Annual statistical returns and brief notes on vaccination in Bengal - 1887-1898
Year: 1887
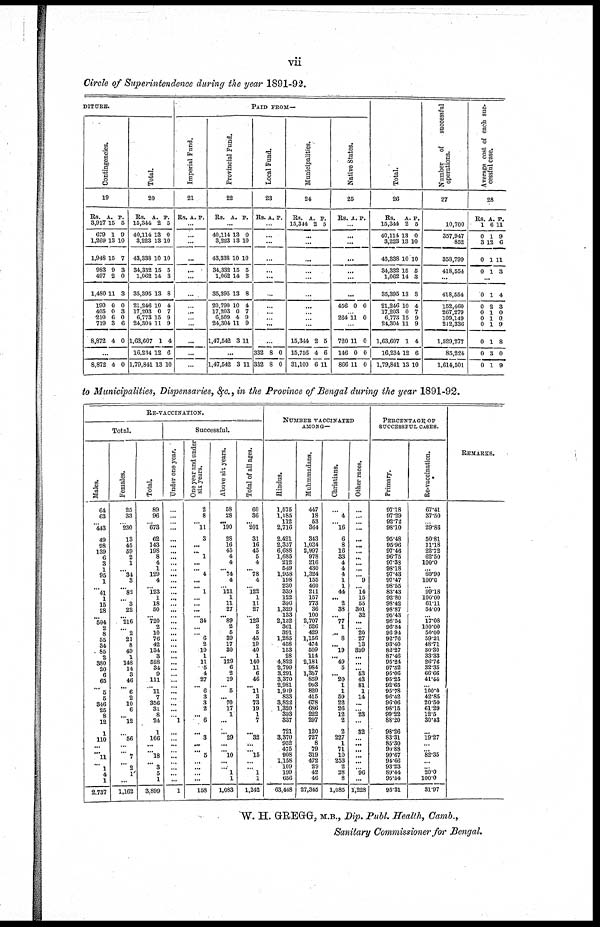
vii
Circle of Superintendence during the year 1891-92.
DITURE.
Contingencies.
19
Rs.
3,917
679
1,269
1,948
983
497
1,480
190
405
210
719
8,872
A.
15
1
13
15
9
2
11
0
0 6
3
4
P.
5
9
10
7
3
0
3
0
3
0
6
0
...
8,872 4 0
Total.
20
Rs.
15,344
40,114
3,223
43,338
34,332
1,062
35,395
21,246
17,203
6,773
24,304
1,63,607
16,234
1,79,841
A.
2
13
13
10
15
14
13
10
0
15
11
1
12
13
P.
5
0
10
10
5
3
8
4
7
9
9
4
6
10
PAID FROM—
Imperial Fund.
21
Rs. A. P.
...
...
...
...
...
...
...
...
...
...
...
...
...
...
Provincial Fund.
22
Rs. A. P.
...
40,114
3,223
43,338
34,332
1,062
35,395
20,790
17,203
6,509
24,304
1,47,542
13
13
10
15
14
13
10
0
4
11
3
0
10
10
5
3
8
4
7
9
9
11
...
1,47,542 3 11
Local Fund.
23
Rs. A. P.
...
...
...
...
...
...
...
...
...
...
...
...
332
332
8
8
0
0
Municipalities.
24
Rs.
15,344
A.
2
P.
5
...
...
...
...
...
...
...
...
...
...
15,344
15,756
31,100
2
4
6
5
6
11
Native States.
25
Rs. A. P.
...
...
...
...
...
...
...
456 0 0
...
264 11 0
...
720
146
866
11
0
11
0
0
0
Total.
26
Rs.
15,344
40,114
3,223
43,338
34,332
1,062
35,395
21,246
17,203
6,773
24,304
1,63,607
16,234
1,79,841
A.
2
13
13
10
15
14
13
10
0
15
11
1
12
13
P.
5
0
10
10
5
3
8
4
7
9
9
4
6
10
Number
of
successful
operations.
27
10,700
357,947
852
358,799
418,554
...
418,554
152,460
267,279
109,149
212,336
1,529,277
85,224
1,614,501
Average cost of each suc-
cessful case.
28
Rs.
1
0
3
0
0
A.
6
1
12
1
1
P.
11
9
6
11
3
...
0
0
0
0 0
0
0
0
1
2
1
1 1
1
3
1
4
3
0
0 9
8
0
9
to Municipalities, Dispensaries, &c., in the Province of Bengal during the year 1891-92.
RE-VACCINATION.
Total.
Males.
64
63
...
443
49
98
139
6
3
1
95
1
...
41
1
15
28
...
504
2
8
55
34
85
2
380
20
6
65
...
5
5
346
25
8
12
1
110
...
... 11
...
1 4
1
2,737
Females.
25
33
...
230
13
45
59
2
1
...
34
3
...
82
...
3
22
...
216
...
2
21
8
49
1
148
14
3
46
...
6
2
10
6
...
12
...
56
...
...
7
...
2
1
...
1,162
Total.
89
96
...
673
62
143
198
8
4
1
129
4
... 123
1
18
50
... 720
2
10
76
42
134
3
528
34
9
111
...
11
7
356
31
8
24
1
166
...
...
18
...
3
5
1
3,899
Successful.
Under one year.
...
...
...
...
...
...
...
...
...
...
...
...
...
...
...
...
...
...
...
...
...
...
...
... ...
...
...
...
...
...
...
...
...
...
...
1
...
...
...
...
...
...
...
...
...
1
One year and under
six years.
2
8
...
11
3
...
...
1
...
... 4
...
... 1
...
...
...
...
34
...
...
6
2
10
1
11
5
4
27
... 6
3
3
2
...
6
...
3
...
...
5
...
...
...
...
158
Above six years.
58
28
...
190
28
16
45
4
4
...
74
4
... 121
1
11
27
...
89
2
5
39
17
30
... 129
6
2
19
... 5
...
70
17
1
...
...
29
...
...
10
...
...
1
1
1,083
Total of all ages.
60
36
...
201
31
16
45
5
4
... 78
4
... 122
1
11
27
...
123
2
5
45
19
40
1
140
11
6
46
... 11
3
73
19
1
7
...
32
...
...
15
...
...
1
1
1,242
NUMBER VACCINATED
AMONG—
Hindus.
1,575
1,185
112
2,716
2,421
2,357
6,688
1,685
212
549
1,958
198
230
339
122
396
1,329
133
2,132
361
391
1,285
458
153
28
4,822
2,799
3,291
3,370
2,981
1,919
833
3,822
1,320
393
337
721
3,370
952
475
908
1,158
109
199
656
63,448
Muhmmadans.
447
18
53
364
343
1,034
2,997
978
216
430
1,324
155
460
211
157
773
36
100
2,707
526
429
1,156
474
509
114
2,181
984
1,357
859
993
820
415
678
686
222
297
120
727
8
79
319
472
29
42
46
27,345
Christians.
...
4
...
16
6
8
16
33
4
4
4
1
1
44
...
2
38
... 77
1
...
8
...
19
...
49
5
... 20
1
1
59
22
26
12
2
2
227
1
71
10
253
2
28
8
1,085
Other races.
...
...
...
...
...
...
...
...
...
...
... 9
...
14
15
55
301
32
...
...
20
27
13
399
...
...
...
53
43
81
1
14
...
...
23
...
32
...
...
...
...
...
...
96
...
1,228
PERCENTAGE OF
SUCCESSFUL CASES.
Primary.
97.18
97.29
92.72
98.10
95.48
95.96
97.46
96.75
97.38
98.18
97.43
97.47
98.55
83.43
92.80
98.42
98.87
95.43
98.54
96.84
96.94
92.76
93.40
82.27
87.46
95.24
97.32
95.06
95.25
92.65
95.78
96.42
96.06
98.15
99.22
88.20
98.26
83.31
85.30
90.88
99.67
94.66
93.23
89.44
95.54
95.31
Re-vaccination.
67.41
37.50
...
29.86
50.81
11.18
22.72
62.50
100.0
... 60.90
100.0
... 99.18
100.00
61.11
54.00
...
17.08
100.00
50.00
59.21
48.71
30.30
33.33
26.76
32.35
66.66
41.44
... 100.0
42.85
20.50
61.29
12.5
30.43
...
19.27
...
... 82.35
...
... 20.0
100.0
31.97
REMARKS.
W. H. GREGG, M.B., Dip.Publ. Health, Camb.,
Sanitary Commissioner for Bengal.